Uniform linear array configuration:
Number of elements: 8
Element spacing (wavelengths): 0.25
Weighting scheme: hamming
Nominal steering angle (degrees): -15
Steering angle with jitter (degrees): -15.782
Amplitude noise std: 0.05
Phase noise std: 0.05

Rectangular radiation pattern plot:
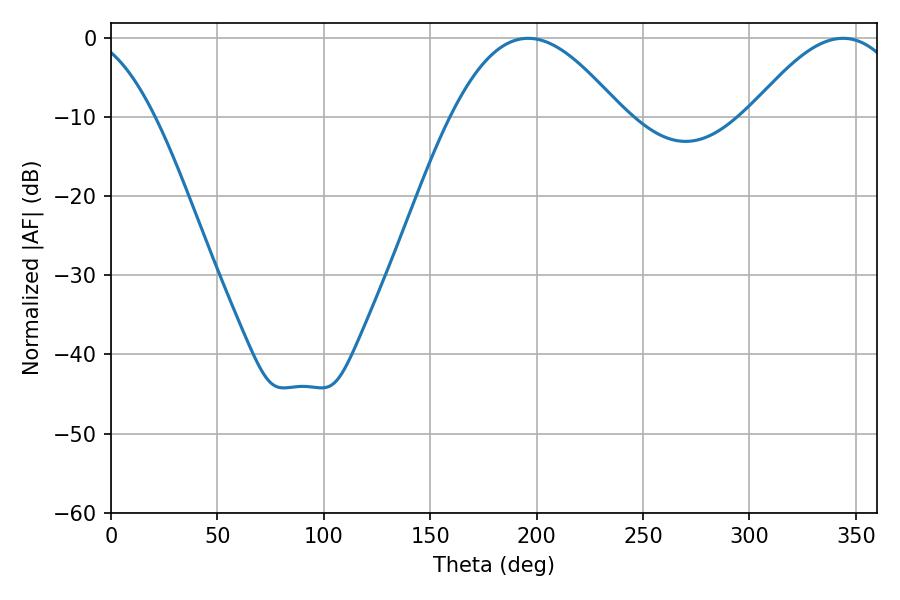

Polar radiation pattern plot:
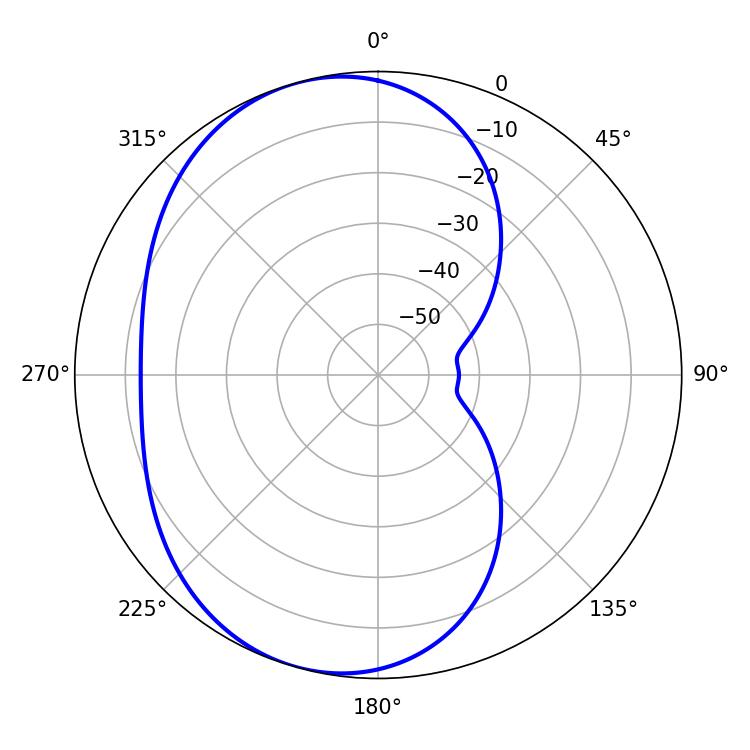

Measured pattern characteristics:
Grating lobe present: FALSE
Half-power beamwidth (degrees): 43.38
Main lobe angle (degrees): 196.02